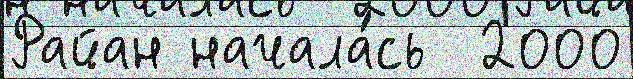
Райан начала́сь  2000